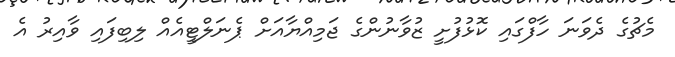
މެޗުގެ ދެވަނަ ހާފްގައި ކޮޅުފުށީ ޒުވާނުންގެ ޖަމިއްޔާއަށް ޕެނަލްޓީއެއް ލިބިފައި ވާއިރު އެ